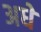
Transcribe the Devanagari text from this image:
अधे